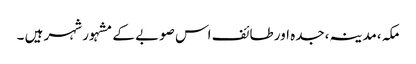
مکہ،مدینہ،جدہ اور طائف اس صوبے کے مشہور شہر ہیں ۔